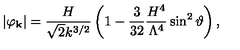
\vert \varphi _ { \bf k } \vert = \frac { H } { \sqrt { 2 } k ^ { 3 / 2 } } \left( 1 - \frac { 3 } { 3 2 } \frac { H ^ { 4 } } { \Lambda ^ { 4 } } \sin ^ { 2 } \vartheta \right) ,